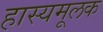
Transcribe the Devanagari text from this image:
हास्यमूलक